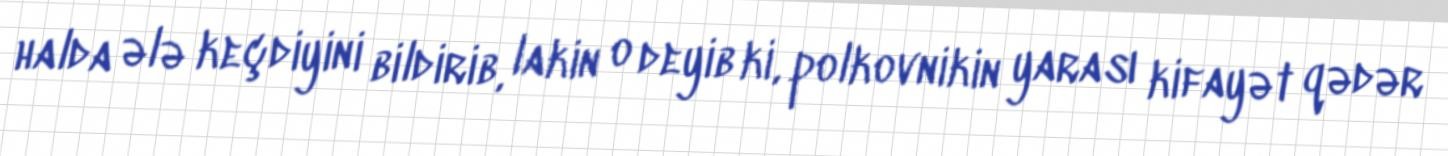
halda ələ keçdiyini bildirib, lakin o deyib ki, polkovnikin yarası kifayət qədər